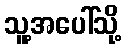
သူ့အပေါ်သို့